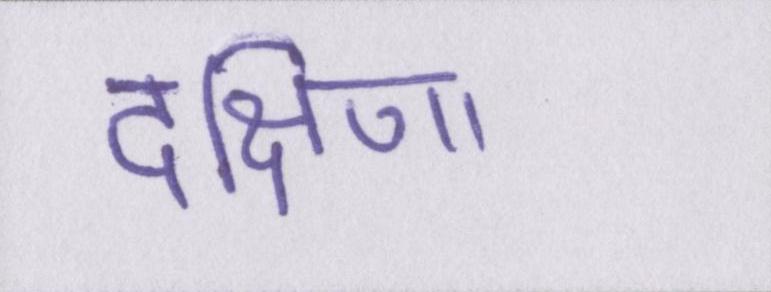
दक्षिणा